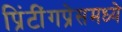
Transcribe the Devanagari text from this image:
प्रिंटींगप्रेसमध्ये